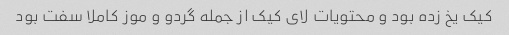
کیک یخ زده بود و محتویات لای کیک از جمله گردو و موز کاملا سفت بود